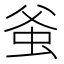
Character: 𧉊